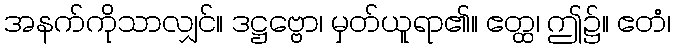
အနက်ကိုသာလျှင်။ ဒဋ္ဌဗ္ဗော၊ မှတ်ယူရာ၏။ ဧတ္ထ၊ ဤ၌။ ဧတံ၊